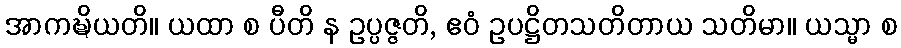
အာကဍ္ဎိယတိ။ ယထာ စ ပီတိ န ဥပ္ပဇ္ဇတိ, ဧဝံ ဥပဋ္ဌိတသတိတာယ သတိမာ။ ယသ္မာ စ